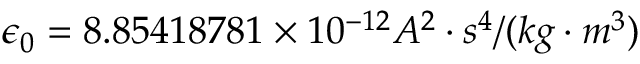
\epsilon _ { 0 } = 8 . 8 5 4 1 8 7 8 1 \times 1 0 ^ { - 1 2 } A ^ { 2 } \cdot s ^ { 4 } / ( k g \cdot m ^ { 3 } )